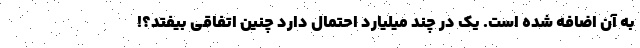
به آن اضافه شده است. یک در چند میلیارد احتمال دارد چنین اتفاقی بیفتد؟!